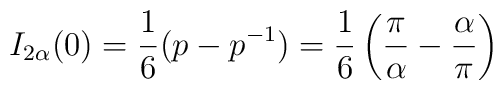
I_{2\alpha}(0)=\frac{1}{6}(p-p^{-1})=\frac{1}{6}\left (\frac{\pi}{\alpha}-\frac{\alpha}{\pi}\right )